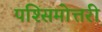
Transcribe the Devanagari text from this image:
पश्सिमोत्तरी